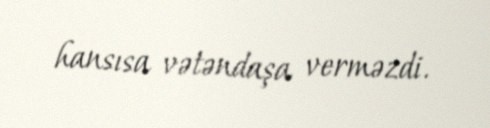
hansısa vətəndaşa verməzdi.